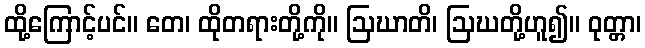
ထို့ကြောင့်ပင်။ တေ၊ ထိုတရားတို့ကို။ ဩဃာတိ၊ ဩဃတို့ဟူ၍။ ဝုတ္တာ၊